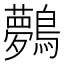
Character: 𪇓